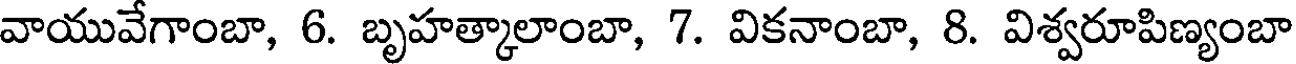
వాయువేగాంబా, 6. బృహత్కాలాంబా, 7. వికనాంబా, 8. విశ్వరూపిణ్యంబా